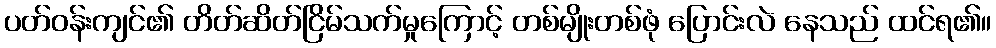
ပတ်ဝန်းကျင်၏ တိတ်ဆိတ်ငြိမ်သက်မှုကြောင့် တစ်မျိုးတစ်ဖုံ ပြောင်းလဲ နေသည် ထင်ရ၏။